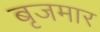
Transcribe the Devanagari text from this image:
बृजमार